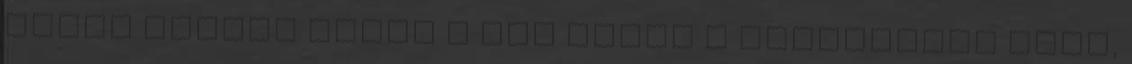
lenni alkotó módon a mai napig a legnagyobb öröm,